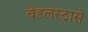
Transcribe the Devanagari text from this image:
बेंडलस्ट्रासे